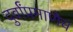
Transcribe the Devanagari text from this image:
दुर्वांप्रमाणेच